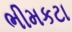
ભીમકટા